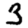
Digit: 3